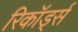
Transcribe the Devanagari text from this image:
रिकॉड्‌र्स